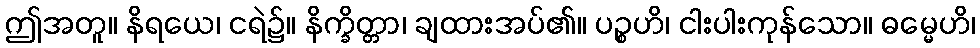
ဤအတူ။ နိရယေ၊ ငရဲ၌။ နိက္ခိတ္တာ၊ ချထားအပ်၏။ ပဉ္စဟိ၊ ငါးပါးကုန်သော။ ဓမ္မေဟိ၊